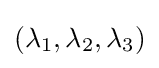
(\lambda _{1},\lambda _{2},\lambda _{3})